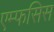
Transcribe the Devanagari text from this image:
एम्फसिस